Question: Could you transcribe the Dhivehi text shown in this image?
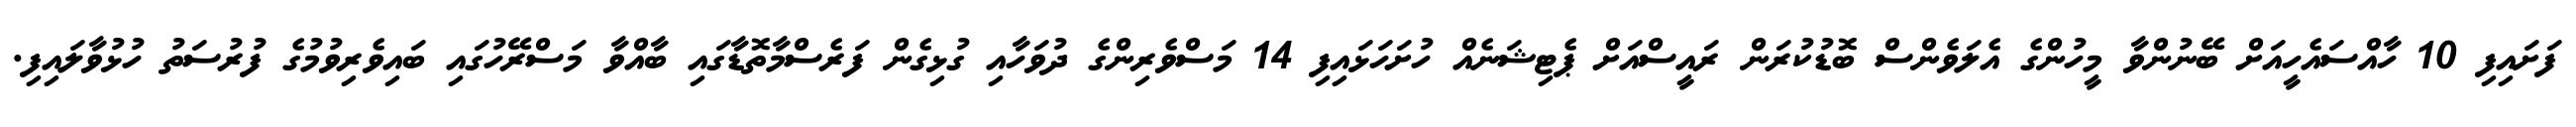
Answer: ފަށައިފި 10 ހާއްސައެހީއަށް ބޭނުންވާ މީހުންގެ އެލަވެންސް ބޮޑުކުރަން ރައީސްއަށް ޕެޓިޝަނެއް ހުށަހަޅައިފި 14 މަސްވެރިންގެ ދުވަހާއި ގުޅިގެން ފަރެސްމާތޮޑާގައި ބާއްވާ މަސްރޭހުގައި ބައިވެރިވުމުގެ ފުރުސަތު ހުޅުވާލައިފި.